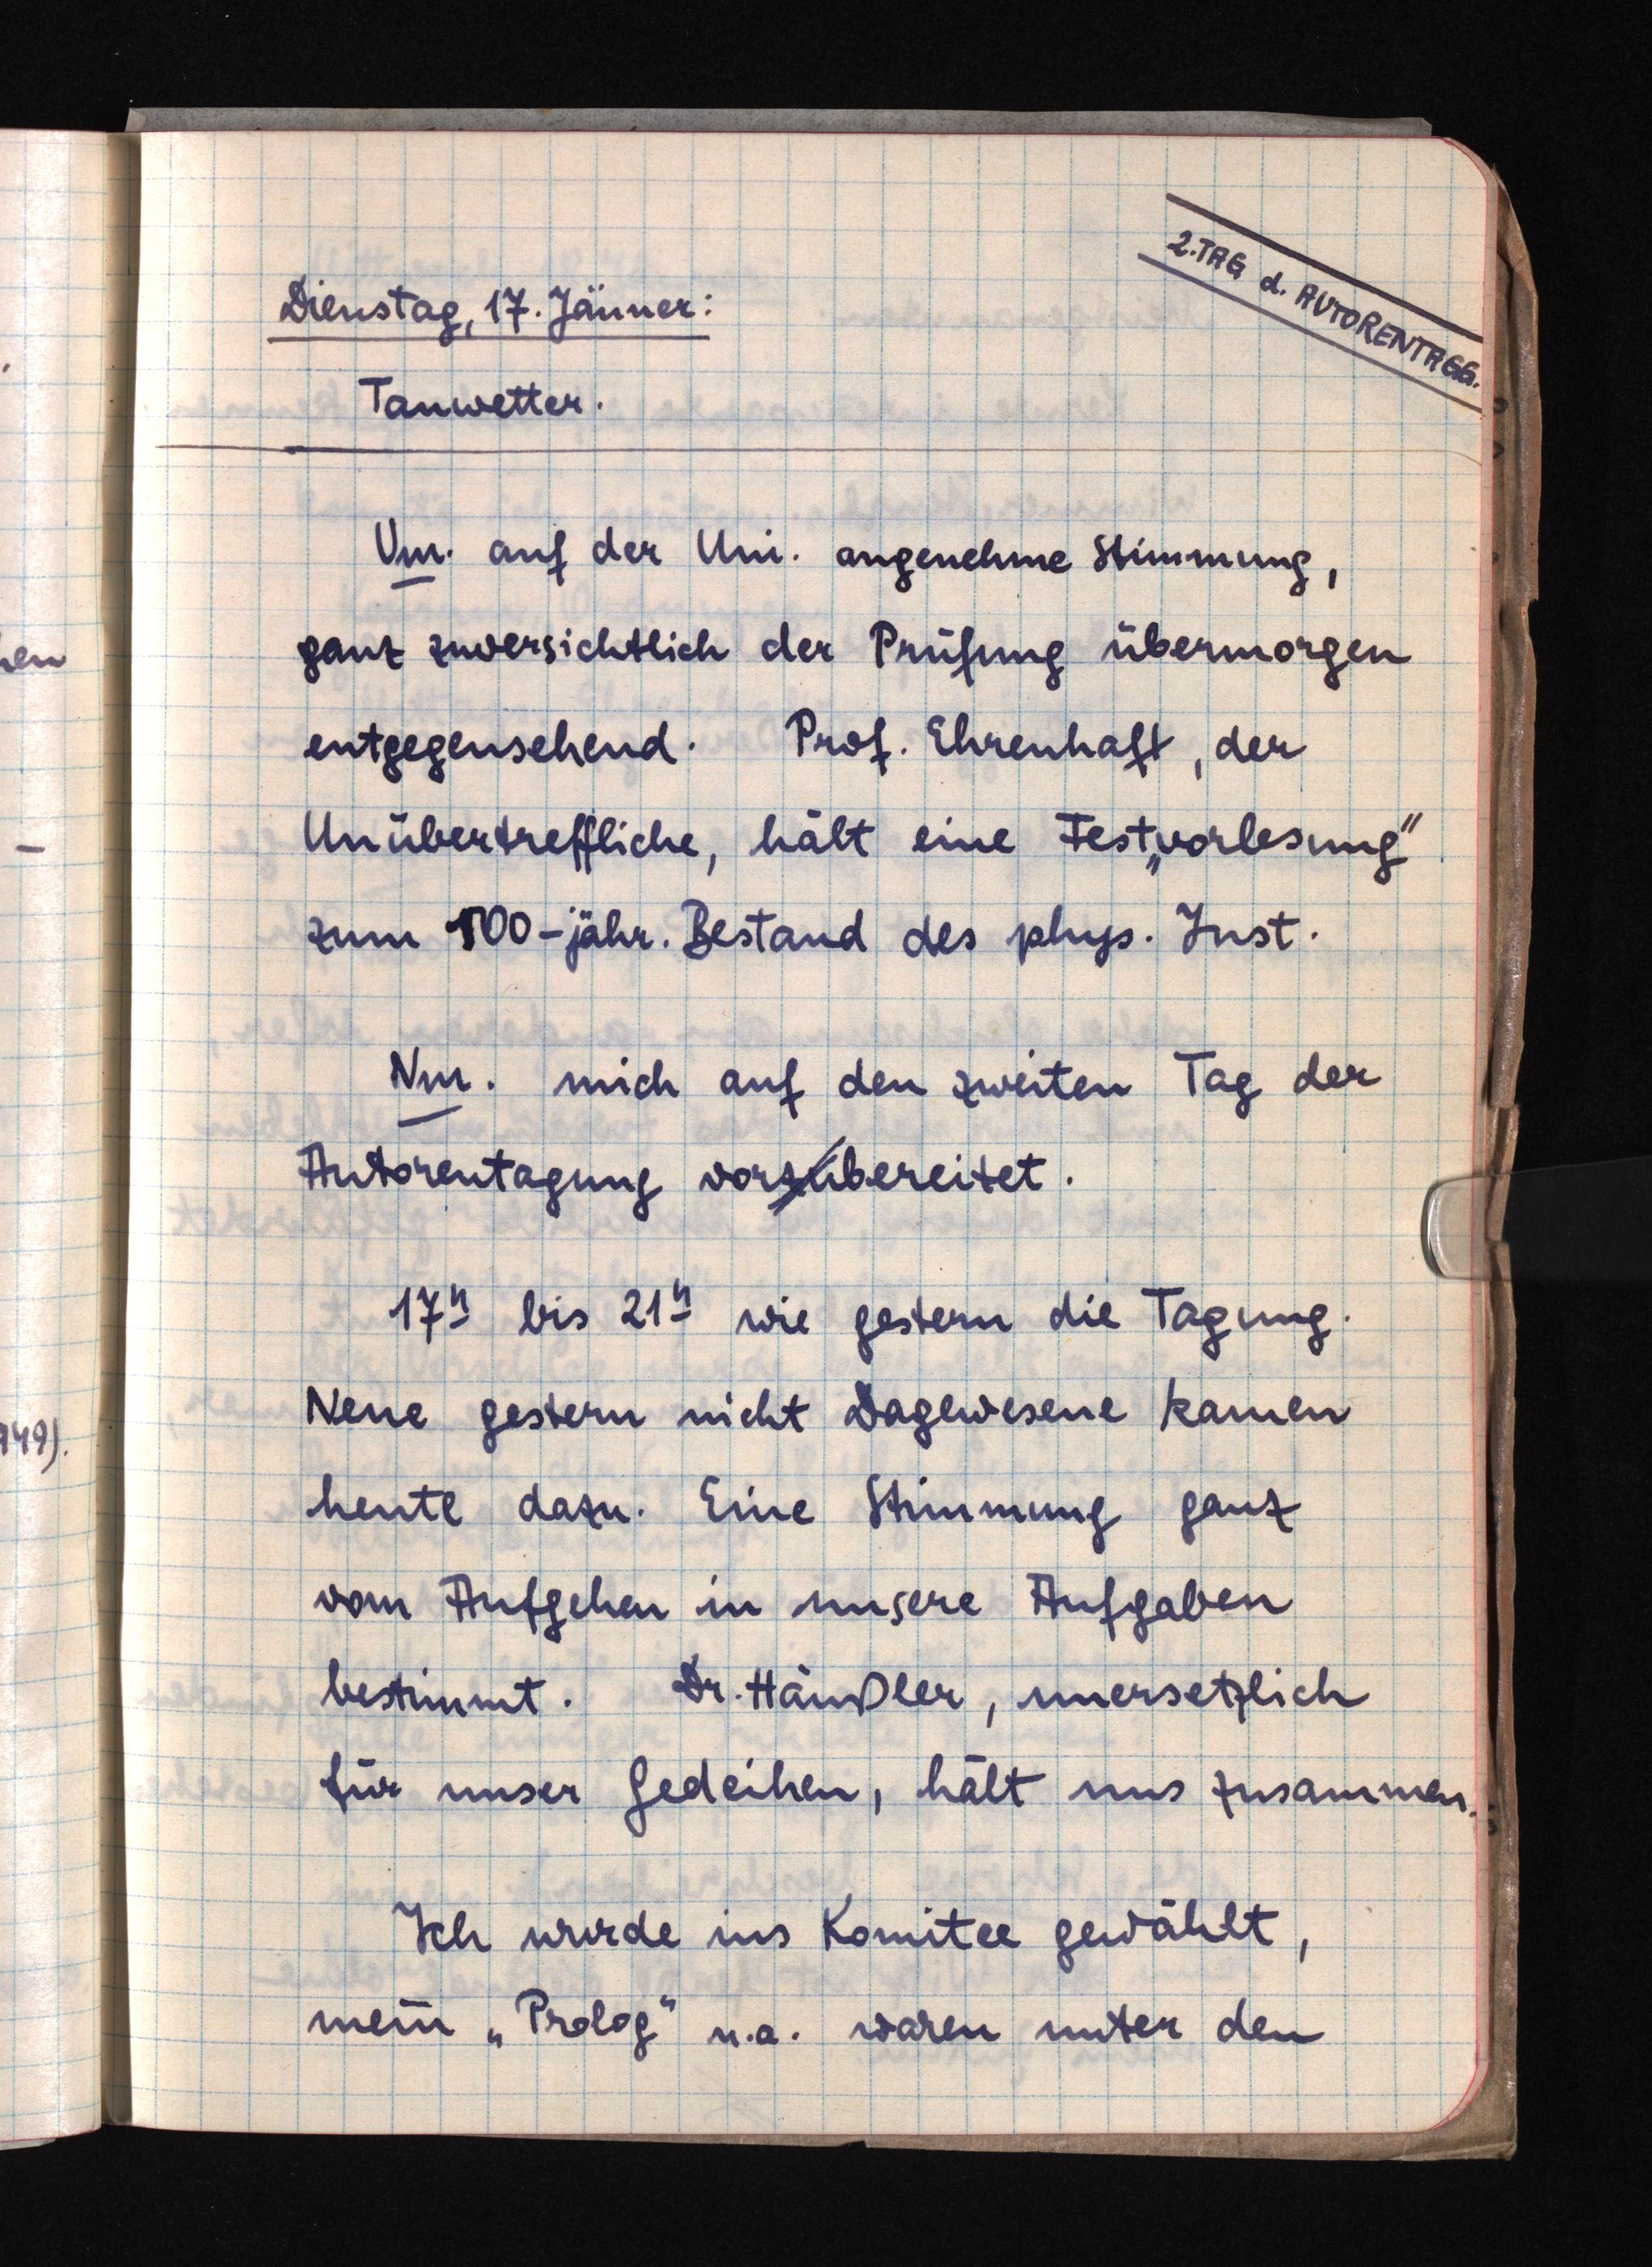
2. TAG d. AUTORENTAGG.
Dienstag, 17. Jänner:
Tauwetter.
Vm. auf der Uni. angenehme Stimmung,
ganz zuversichtlich der Prüfung übermorgen
entgegensehend. Prof. Ehrenhaft, der
Unübertreffliche, hält eine Fest"vorlesung"
zum 100-jähr. Bestand des phys. Inst.
Nm. mich auf den zweiten Tag der
Autorentagung vorzubereitet.
17h bis 21h wie gestern die Tagung.
Neue gestern nicht Dagewesene kamen
heute dazu. Eine Stimmung ganz
vom Aufgehen in unsere Aufgaben
bestimmt. Dr. Häußler, unersetzlich
für unser Gedeihen, hält uns zusammen.
Ich wurde ins Komitee gewählt,
mein "Prolog" u.a. waren unter den